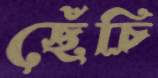
ছেঁচি